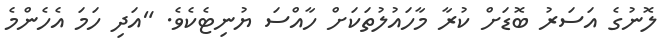
ލޮނުގެ އަސަރު ބޮޑަށް ކުރާ މާހައުލުތަކަށް ހާއްސަ ޔުނިޓެކެވެ. "އަދި ހަމަ އެހެންމެ